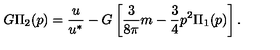
G \Pi _ { 2 } ( p ) = \frac { u } { u ^ { * } } - G \left[ \frac { 3 } { 8 \pi } m - \frac { 3 } { 4 } p ^ { 2 } \Pi _ { 1 } ( p ) \right] .